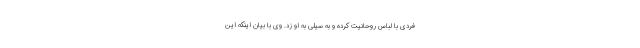
فردی با لباس روحانیت کرده و به سیلی به او زد. وی با بیان اینکه این